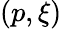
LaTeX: (p,\xi)